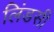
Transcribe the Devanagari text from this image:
लिंडसी